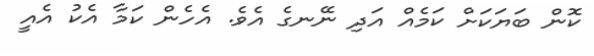
ކޮން ބަޔަކަށް ކަމެއް އަދި ނޭނގެ އެވެ. އެހެން ކަމާ އެކު އެއީ